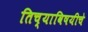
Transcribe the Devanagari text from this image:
तिच्याविषयीचे